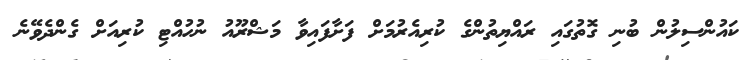
ކައުންސިލުން ބުނި ގޮތުގައި ރައްޔިތުންގެ ކުރިއެރުމަށް ފަށާފައިވާ މަޝްރޫއު ނުހުއްޓި ކުރިއަށް ގެންދެވޭނެ